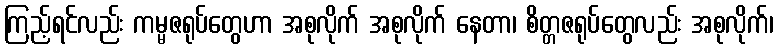
ကြည့်ရင်လည်း ကမ္မဇရုပ်တွေဟာ အစုလိုက် အစုလိုက် နေတာ၊ စိတ္တဇရုပ်တွေလည်း အစုလိုက်၊